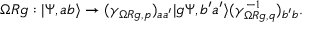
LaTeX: \Omega R g : | \Psi , a b \rangle \to ( \gamma _ { \Omega R g , p } ) _ { a a ^ { \prime } } | g \Psi , b ^ { \prime } a ^ { \prime } \rangle ( \gamma _ { \Omega R g , q } ^ { - 1 } ) _ { b ^ { \prime } b } .